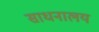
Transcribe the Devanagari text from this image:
साधनालय